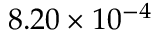
8 . 2 0 \times 1 0 ^ { - 4 }